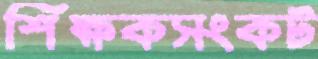
শিক্ষকসংকট